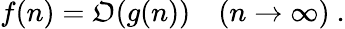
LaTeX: f(n)=\mathfrak{O}(g(n))\quad(n\rightarrow\infty)~.